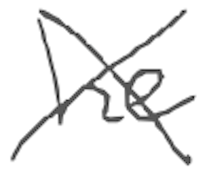
Text: he
Cross-out: cross
Writing tool: digital_gray